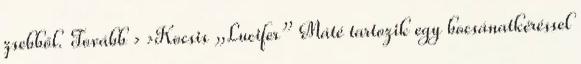
zsebből. Tovább › ›Kocsis „Lucifer” Máté tartozik egy bocsánatkéréssel